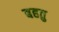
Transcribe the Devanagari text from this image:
बहतु